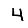
Digit: 4